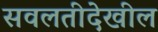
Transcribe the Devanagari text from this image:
सवलतीदेखील